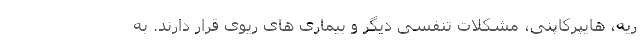
ریه، هایپرکاپنی، مشکلات تنفسی دیگر و بیماری های ریوی قرار دارند. به